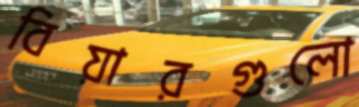
বিয়ারগুলো